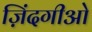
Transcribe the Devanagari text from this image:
ज़िंदगीओ